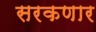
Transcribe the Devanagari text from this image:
सरकणार